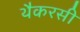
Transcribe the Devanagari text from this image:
थैकरसी